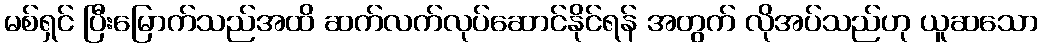
မစ်ရှင် ပြီးမြောက်သည်အထိ ဆက်လက်လုပ်ဆောင်နိုင်ရန် အတွက် လိုအပ်သည်ဟု ယူဆသော